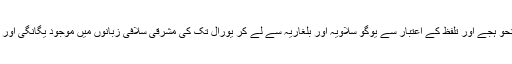
تاہم یہ حقیقت ہے کہ زبان کی صرف و نحو ہجے اور تلفظ کے اعتبار سے یوگو سلاویہ اور بلغاریہ سے لے کر یورال تک کی مشرقی سلافی زبانوں میں موجود یگانگی اور یک رنگی قدیمی رشتے کا پتہ دیتی ہے۔